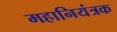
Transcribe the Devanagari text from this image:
महानियंत्रक